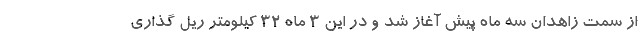
از سمت زاهدان سه ماه پیش آغاز شد و در این ٣ ماه ٣٢ کیلومتر ریل گذاری